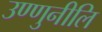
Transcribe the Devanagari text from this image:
उण्णुनीलि